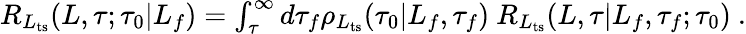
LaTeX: \begin{array}{r}{R_{L_{\mathrm{ts}}}(L,\tau;\tau_{0}|L_{f})=\int_{\tau}^{\infty}d\tau_{f}\rho_{L_{\mathrm{ts}}}(\tau_{0}|L_{f},\tau_{f})\ R_{L_{\mathrm{ts}}}(L,\tau|L_{f},\tau_{f};\tau_{0})\ .}\end{array}